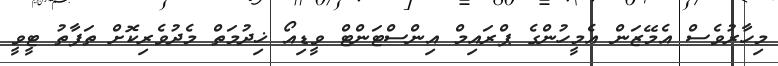
މިހާރުވެސް އެމޭޒަން އެމީހުންގެ ޕްރައިމް އިންސްޓަންޓް ވީޑިއޯ ޚިދުމަތް މެދުވެރިކޮށް ތަފާތު ޓީވީ